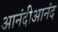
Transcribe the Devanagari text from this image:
आनंदीआनंद